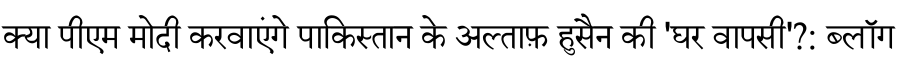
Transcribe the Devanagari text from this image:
क्या पीएम मोदी करवाएंगे पाकिस्तान के अल्ताफ़ हुसैन की 'घर वापसी'?: ब्लॉग